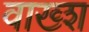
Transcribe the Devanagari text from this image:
वाख्श